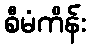
စီမံကိန်း